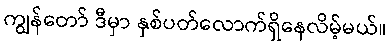
ကျွန်တော် ဒီမှာ နှစ်ပတ်လောက်ရှိနေလိမ့်မယ်။